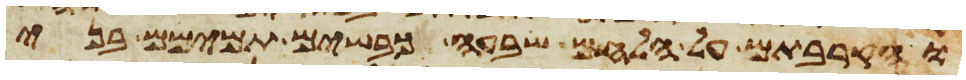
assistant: והקרבתם על הלחם שבעה כבשים תמימם בני